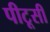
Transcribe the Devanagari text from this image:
पीटूसी